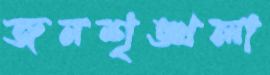
জনশৃঙ্খলা